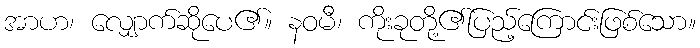
အာဟ၊ လျှောက်ဆိုပေ၏။ နဝမီ၊ ကိုးခုတို့၏ပြည့်ကြောင်းဖြစ်သော။